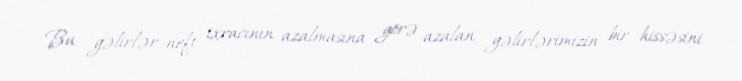
Bu gəlirlər neft ixracının azalmasına görə azalan gəlirlərimizin bir hissəsini